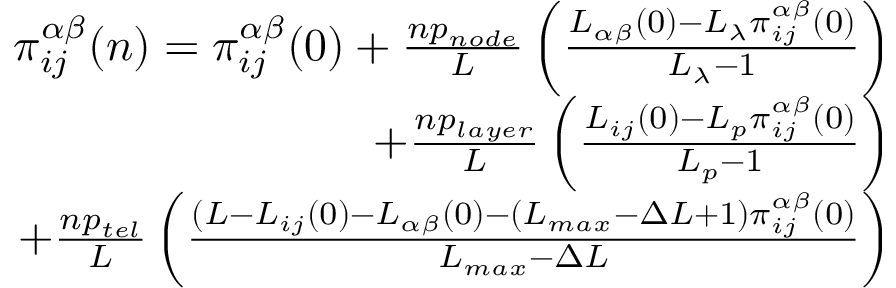
\begin{array} { r } { \pi _ { i j } ^ { \alpha \beta } ( n ) = \pi _ { i j } ^ { \alpha \beta } ( 0 ) + \frac { n p _ { n o d e } } { L } \left( \frac { L _ { \alpha \beta } ( 0 ) - L _ { \lambda } \pi _ { i j } ^ { \alpha \beta } ( 0 ) } { L _ { \lambda } - 1 } \right) } \\ { + \frac { n p _ { l a y e r } } { L } \left( \frac { L _ { i j } ( 0 ) - L _ { p } \pi _ { i j } ^ { \alpha \beta } ( 0 ) } { L _ { p } - 1 } \right) } \\ { + \frac { n p _ { t e l } } { L } \left( \frac { ( L - L _ { i j } ( 0 ) - L _ { \alpha \beta } ( 0 ) - ( L _ { m a x } - \Delta L + 1 ) \pi _ { i j } ^ { \alpha \beta } ( 0 ) } { L _ { m a x } - \Delta L } \right) } \end{array}